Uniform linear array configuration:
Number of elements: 32
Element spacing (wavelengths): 1
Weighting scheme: uniform
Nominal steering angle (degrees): -45
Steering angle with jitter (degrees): -43.539
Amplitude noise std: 0.05
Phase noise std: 0.05

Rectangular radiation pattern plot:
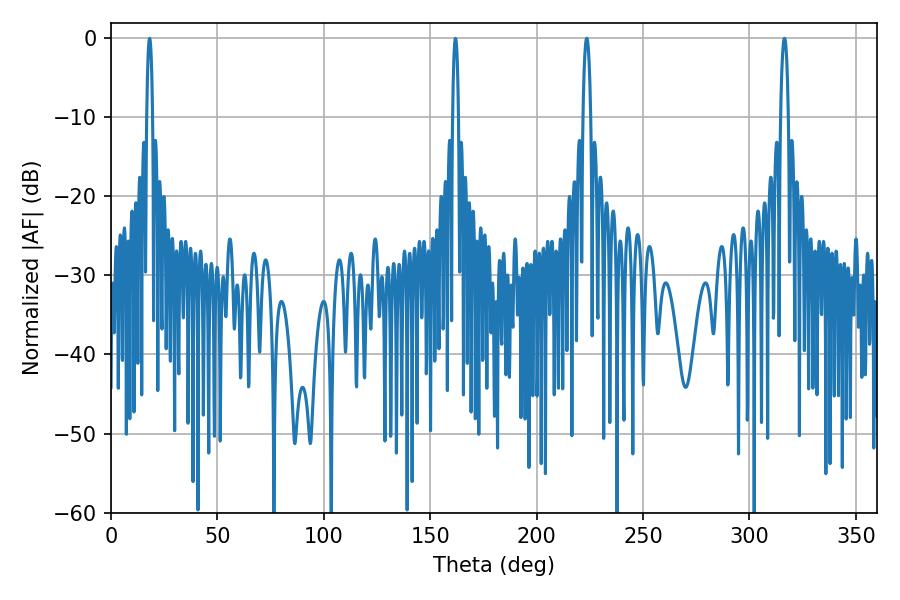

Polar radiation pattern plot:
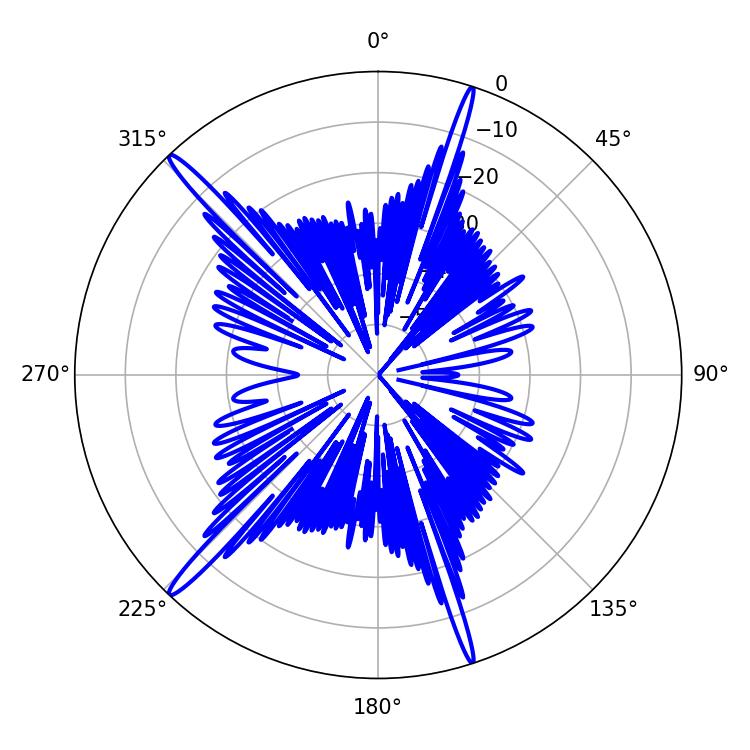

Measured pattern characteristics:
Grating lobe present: TRUE
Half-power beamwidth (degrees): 2.16
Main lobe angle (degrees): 223.56